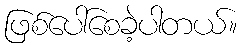
ဖြစ်ပေါ်စေခဲ့ပါတယ်။